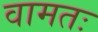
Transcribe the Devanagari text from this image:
वामतः